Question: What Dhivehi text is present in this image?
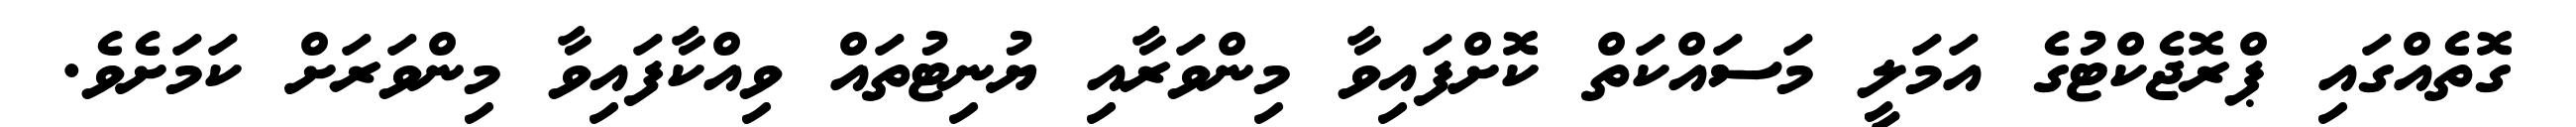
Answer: ގޮތެއްގައި ޕްރޮޖެކްޓުގެ އަމަލީ މަސައްކަތް ކޮށްފައިވާ މިންވަރާއި ޔުނިޓުތައް ވިއްކާފައިވާ މިންވަރަށް ކަމަށެވެ.